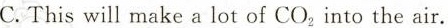
C.Thiswill make a lot of CO_{2} into the air.